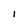
Character: l